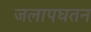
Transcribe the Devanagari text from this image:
जलापघतन